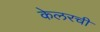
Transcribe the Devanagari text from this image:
केलरची